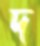
দ